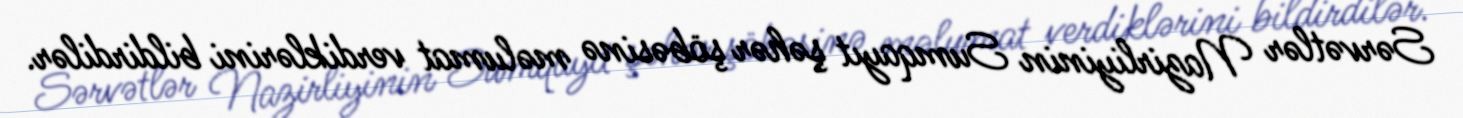
Sərvətlər Nazirliyinin Sumqayıt şəhər şöbəsinə məlumat verdiklərini bildirdilər.